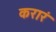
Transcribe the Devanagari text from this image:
करारं